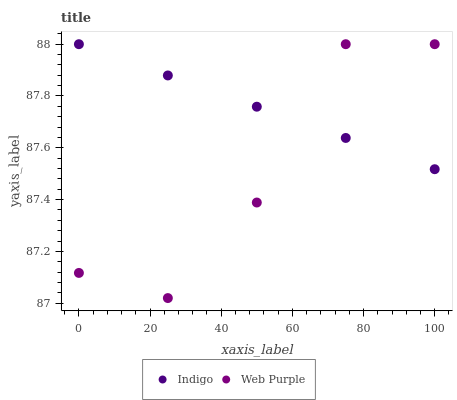
| xaxis_label | Indigo | Web Purple |
 | --- | --- | --- |
 | 0 | 88 | 87.1 |
 | 25 | 87.9 | 87 |
 | 50 | 87.8 | 87.4 |
 | 75 | 87.6 | 88 |
 | 100 | 87.5 | 88 |